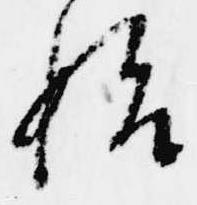
始